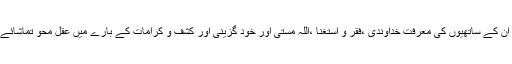
رانا دلدار احمد قادری اور ان کے ساتھیوں کی معرفت خداوندی ،فقر و استغنا ،اللہ مستی اور خود گزینی اور کشف و کرامات کے بارے میں عقل محو تماشائے لب بام دکھائی دیتی ہے ۔